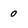
Character: 0